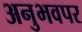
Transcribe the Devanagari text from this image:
अनुभवपर